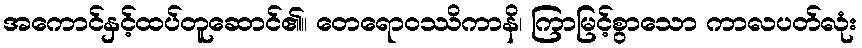
အကောင်နှင့်ထပ်တူဆောင်၏။ တေရောဝဿိကာနိ၊ ကြာမြင့်စွာသော ကာလပတ်လုံး